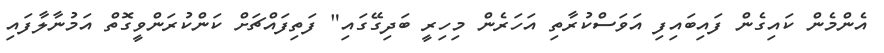
އެންމެން ކައިގެން ފައިބައިފި އަވަސްކުރާތި އަހަރެން މިހިރީ ބަދިގޭގައި" ފަތިފައްޗަށް ކަންކުރަންވީގޮތް އަމުނާލާފައި